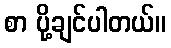
စာ ပို့ချင်ပါတယ်။